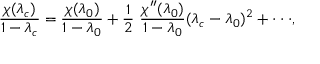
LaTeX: { \frac { \chi ( \lambda _ { c } ) } { 1 - \lambda _ { c } } } = { \frac { \chi ( \lambda _ { 0 } ) } { 1 - \lambda _ { 0 } } } + { \frac { 1 } { 2 } } \ { \frac { \chi ^ { \prime \prime } ( \lambda _ { 0 } ) } { 1 - \lambda _ { 0 } } } ( \lambda _ { c } - \lambda _ { 0 } ) ^ { 2 } + \cdot \cdot \cdot ,